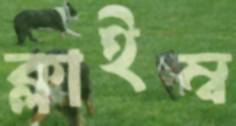
ক্লাইম্ব